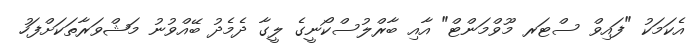
އެކަމަކު "ފައިވް ސްޓަރ މޫވްމަންޓް" އާއި ބާރްލުސްކޯނީގެ ލީގާ ދެމެދު ބޭއްވުނު މަޝްވަރާތަކަށްފަހު